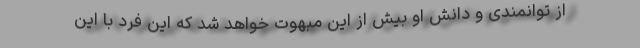
از توانمندی و دانش او بیش از این مبهوت خواهد شد که این فرد با این